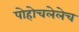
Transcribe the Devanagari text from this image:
पोहोचलेलेच